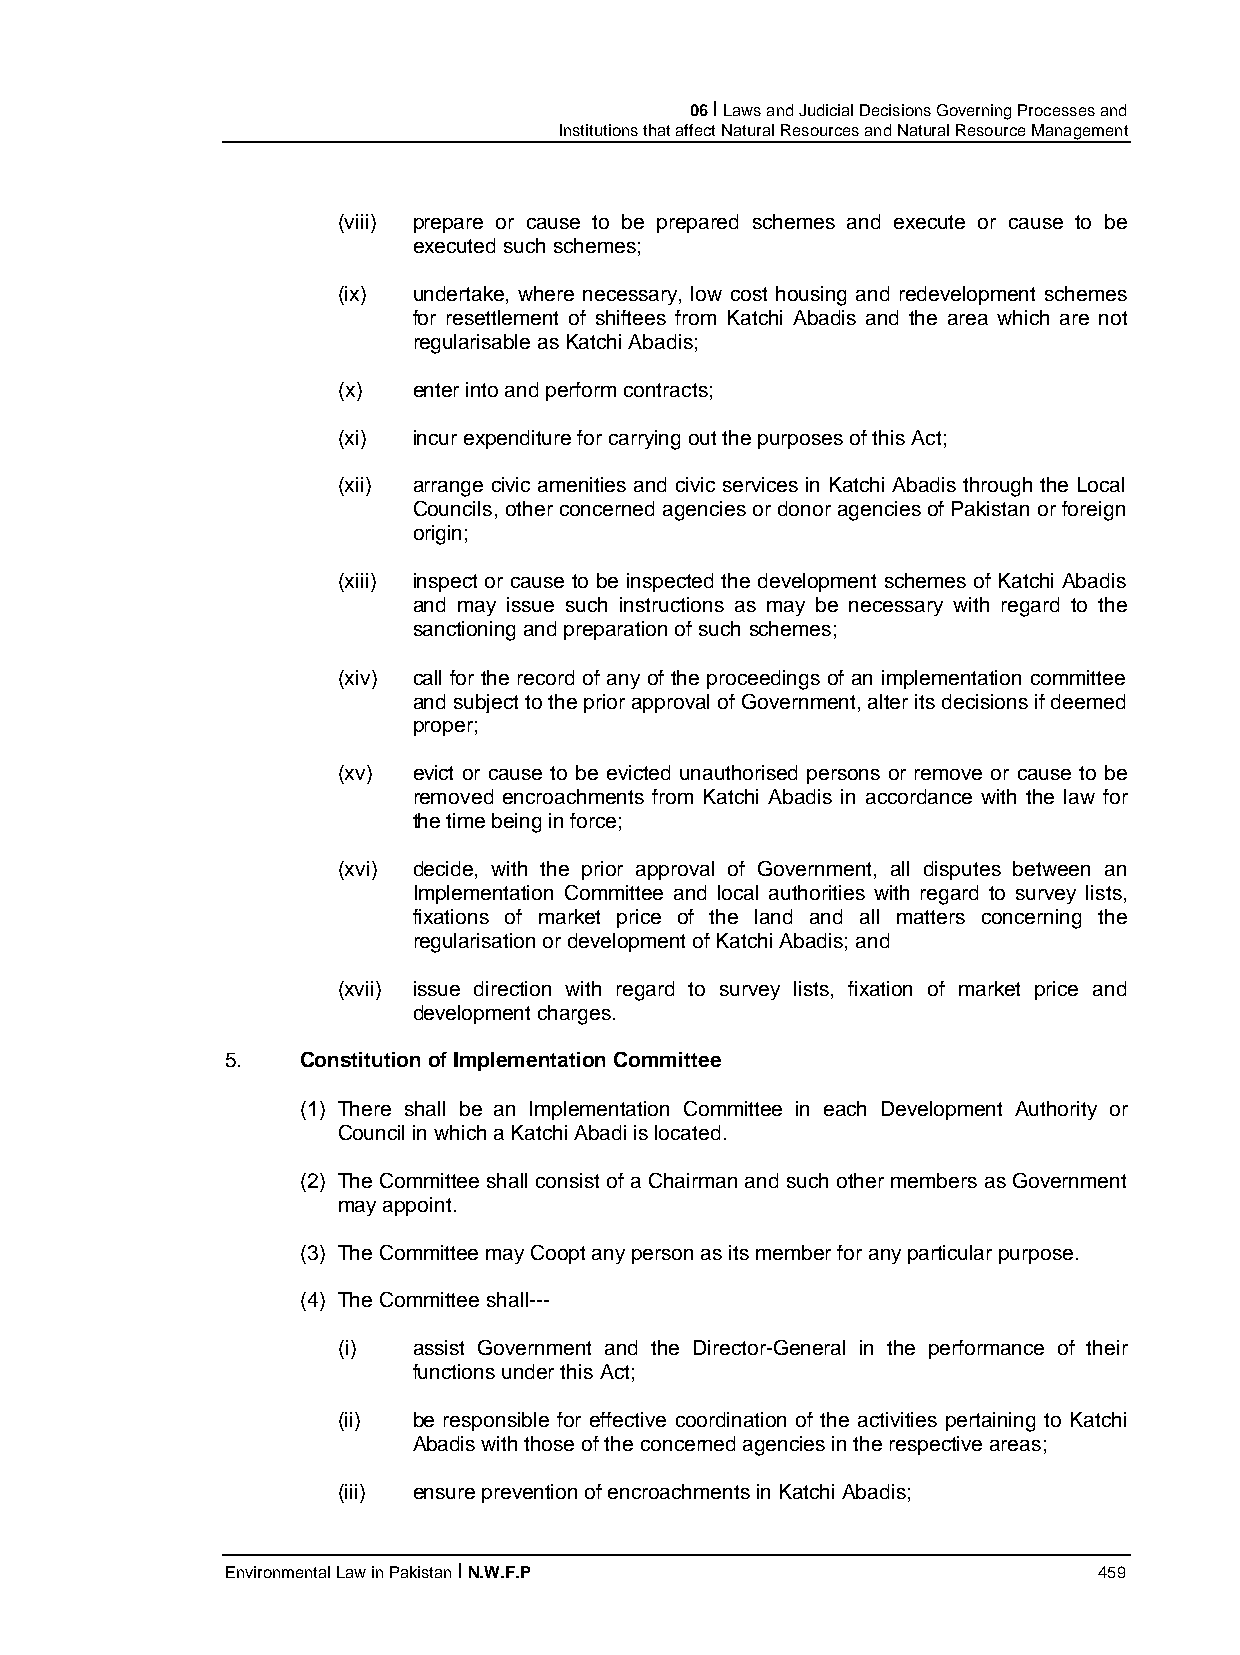
06 I Laws and Judicial Decisions Governing Processes and
 Institutions that affect Natural Resources and Natural Resource Management
 (viii) prepare or cause to be prepared schemes and execute or cause to be
 executed such schemes;
 (ix) undertake, where necessary, low cost housing and redevelopment schemes
 for resettlement of shiftees from Katchi Abadis and the area which are not
 regularisable as Katchi Abadis;
 (x)  enter into and perform contracts;
 (xi) incur expenditure for carrying out the purposes of this Act;
 (xii) arrange civic amenities and civic services in Katchi Abadis through the Local
 Councils, other concerned agencies or donor agencies of Pakistan or foreign
 origin;
 (xiii) inspect or cause to be inspected the development schemes of Katchi Abadis
 and may issue such instructions as may be necessary with regard to the
 sanctioning and preparation of such schemes;
 (xiv) call for the record of any of the proceedings of an implementation committee
 and subject to the prior approval of Government, alter its decisions if deemed
 proper;
 (xv) evict or cause to be evicted unauthorised persons or remove or cause to be
 removed encroachments from Katchi Abadis in accordance with the law for
 the time being in force;
 (xvi) decide, with the prior approval of Government, all disputes between an
 Implementation Committee and local authorities with regard to survey lists,
 fixations of market price of the land and all matters concerning the
 regularisation or development of Katchi Abadis; and
 (xvii) issue direction with regard to survey lists, fixation of market price and
 development charges.
 5.   Constitution of Implementation Committee
 (1) There shall be an Implementation Committee in each Development Authority or
 Council in which a Katchi Abadi is located.
 (2) The Committee shall consist of a Chairman and such other members as Government
 may appoint.
 (3) The Committee may Coopt any person as its member for any particular purpose.
 (4) The Committee shall---
 (i)  assist Government and the Director-General in the performance of their
 functions under this Act;
 (ii) be responsible for effective coordination of the activities pertaining to Katchi
 Abadis with those of the concerned agencies in the respective areas;
 (iii) ensure prevention of encroachments in Katchi Abadis;
 Environmental Law in Pakistan I N.W.F.P                   459